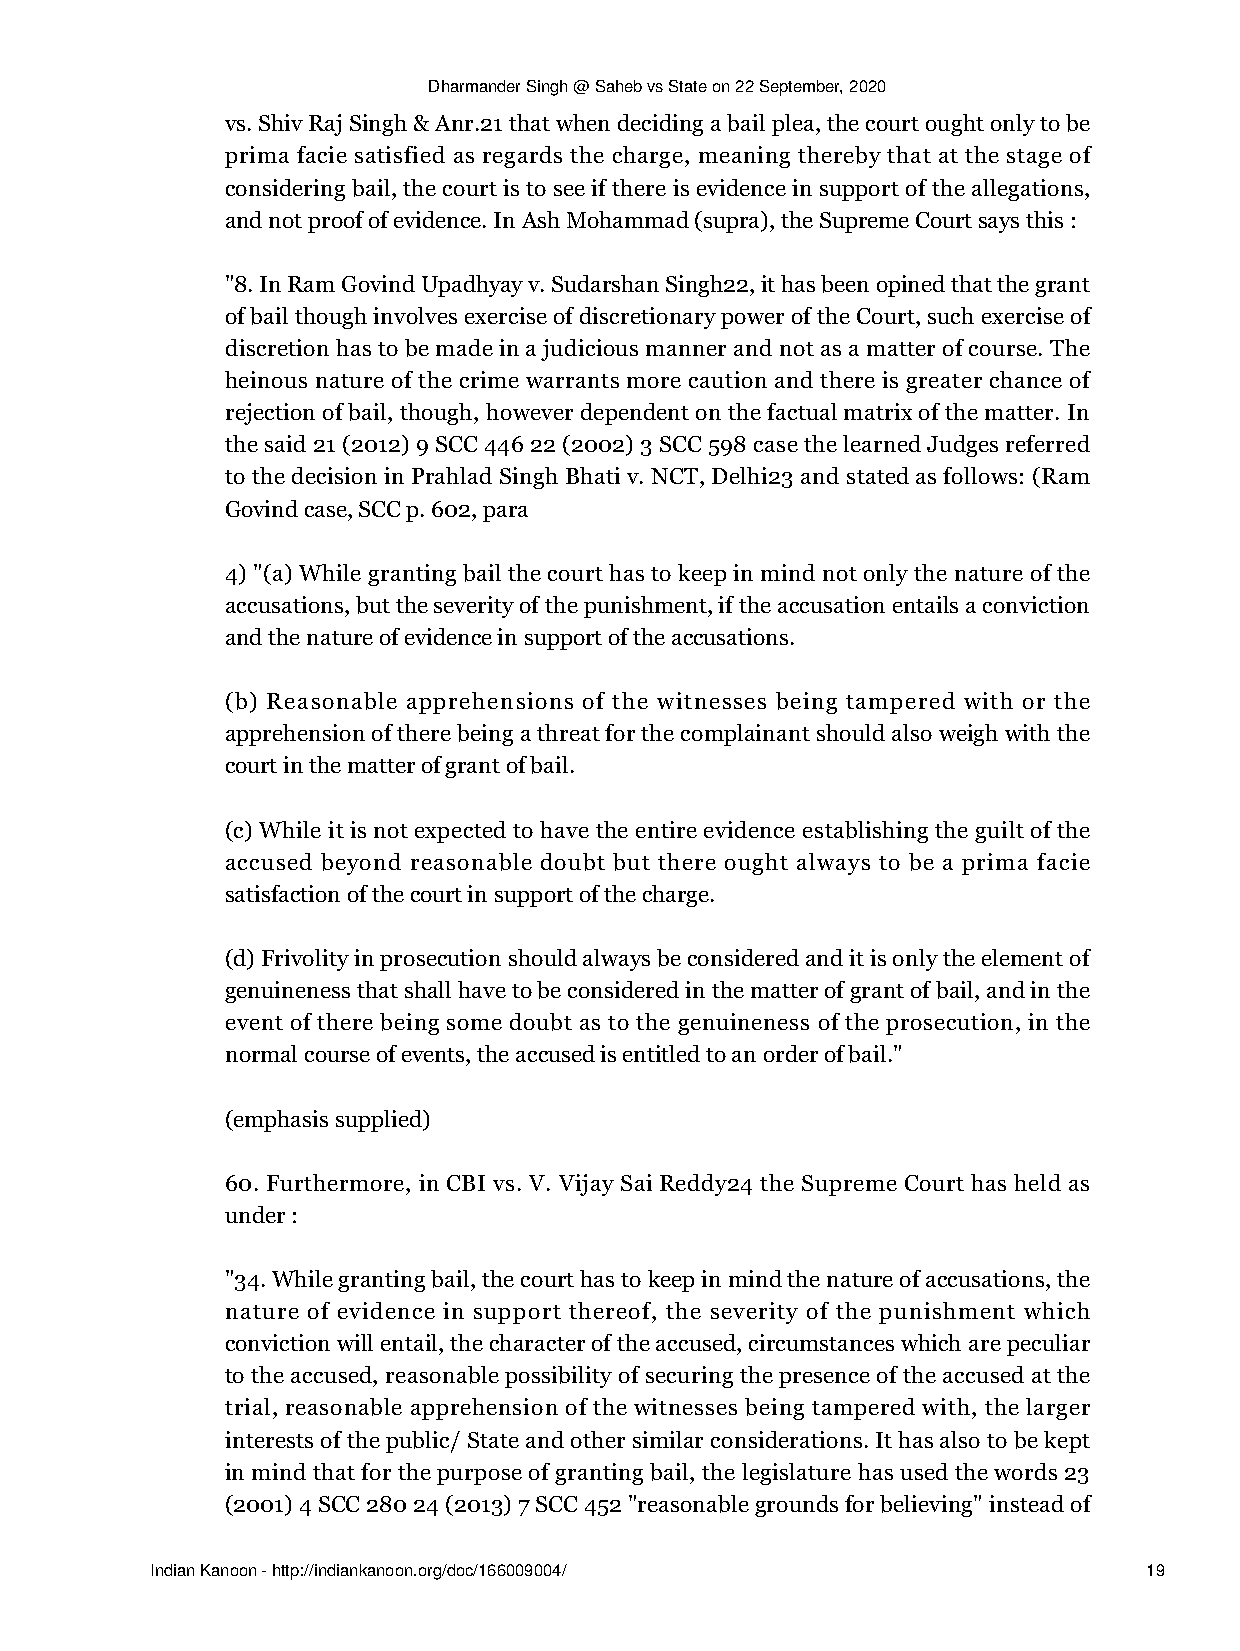
Dharmander Singh @ Saheb vs State on 22 September, 2020
 vs. Shiv Raj Singh & Anr.21 that when deciding a bail plea, the court ought only to be
 prima facie satisfied as regards the charge, meaning thereby that at the stage of
 considering bail, the court is to see if there is evidence in support of the allegations,
 and not proof of evidence. In Ash Mohammad (supra), the Supreme Court says this :
 "8. In Ram Govind Upadhyay v. Sudarshan Singh22, it has been opined that the grant
 of bail though involves exercise of discretionary power of the Court, such exercise of
 discretion has to be made in a judicious manner and not as a matter of course. The
 heinous nature of the crime warrants more caution and there is greater chance of
 rejection of bail, though, however dependent on the factual matrix of the matter. In
 the said 21 (2012) 9 SCC 446 22 (2002) 3 SCC 598 case the learned Judges referred
 to the decision in Prahlad Singh Bhati v. NCT, Delhi23 and stated as follows: (Ram
 Govind case, SCC p. 602, para
 4) "(a) While granting bail the court has to keep in mind not only the nature of the
 accusations, but the severity of the punishment, if the accusation entails a conviction
 and the nature of evidence in support of the accusations.
 (b) Reasonable apprehensions of the witnesses being tampered with or the
 apprehension of there being a threat for the complainant should also weigh with the
 court in the matter of grant of bail.
 (c) While it is not expected to have the entire evidence establishing the guilt of the
 accused beyond reasonable doubt but there ought always to be a prima facie
 satisfaction of the court in support of the charge.
 (d) Frivolity in prosecution should always be considered and it is only the element of
 genuineness that shall have to be considered in the matter of grant of bail, and in the
 event of there being some doubt as to the genuineness of the prosecution, in the
 normal course of events, the accused is entitled to an order of bail."
 (emphasis supplied)
 60. Furthermore, in CBI vs. V. Vijay Sai Reddy24 the Supreme Court has held as
 under :
 "34. While granting bail, the court has to keep in mind the nature of accusations, the
 nature of evidence in support thereof, the severity of the punishment which
 conviction will entail, the character of the accused, circumstances which are peculiar
 to the accused, reasonable possibility of securing the presence of the accused at the
 trial, reasonable apprehension of the witnesses being tampered with, the larger
 interests of the public/ State and other similar considerations. It has also to be kept
 in mind that for the purpose of granting bail, the legislature has used the words 23
 (2001) 4 SCC 280 24 (2013) 7 SCC 452 "reasonable grounds for believing" instead of
 Indian Kanoon - http://indiankanoon.org/doc/166009004/            19